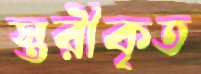
স্তরীকৃত